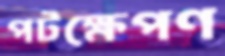
পটক্ষেপণ